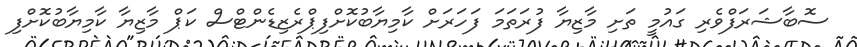
ސޮބާޝަރަފްވެރި ގައުމީ ތަށި މާޒިޔާ ފުރަތަމަ ފަހަރަށް ކާމިޔާބުކޮށްފިޕްރެޒިޑެންޓްސް ކަޕް މާޒިޔާ ކާމިޔާބުކޮށްފި